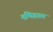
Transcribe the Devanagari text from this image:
मणिग्रास्य